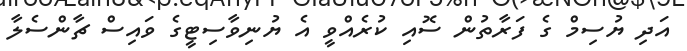
އަދި ޔުސިމް ގެ ފަރާތުން ސޮއި ކުރެއްވީ އެ ޔުނިވާސިޓީގެ ވައިސް ޗާންސެލާ